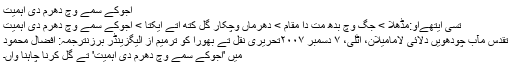
اجوکے سمے وچ دھرم دی اہمیت
تسی ایتھےاو:مڈھلا > جگ وچ بدھ مت دا مقام > دھرماں وچکار گل کتھ اتے ایکتا > اجوکے سمے وچ دھرم دی اہمیت
تقدس مآب چودھویں دلائی لامامیلان، اٹلی، ۷ دسمبر ۲۰۰۷تحریری نقل تے بھورا کو ترمیم از الیگزینڈر برزنترجمہ: افضال محمود
میں 'اجوکے سمے وچ دھرم دی اہمیت' تے گل کرنا چاہنا واں۔